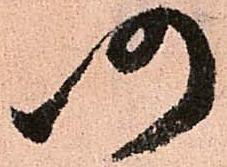
仍